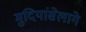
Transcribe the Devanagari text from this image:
मुदियांसेलागे